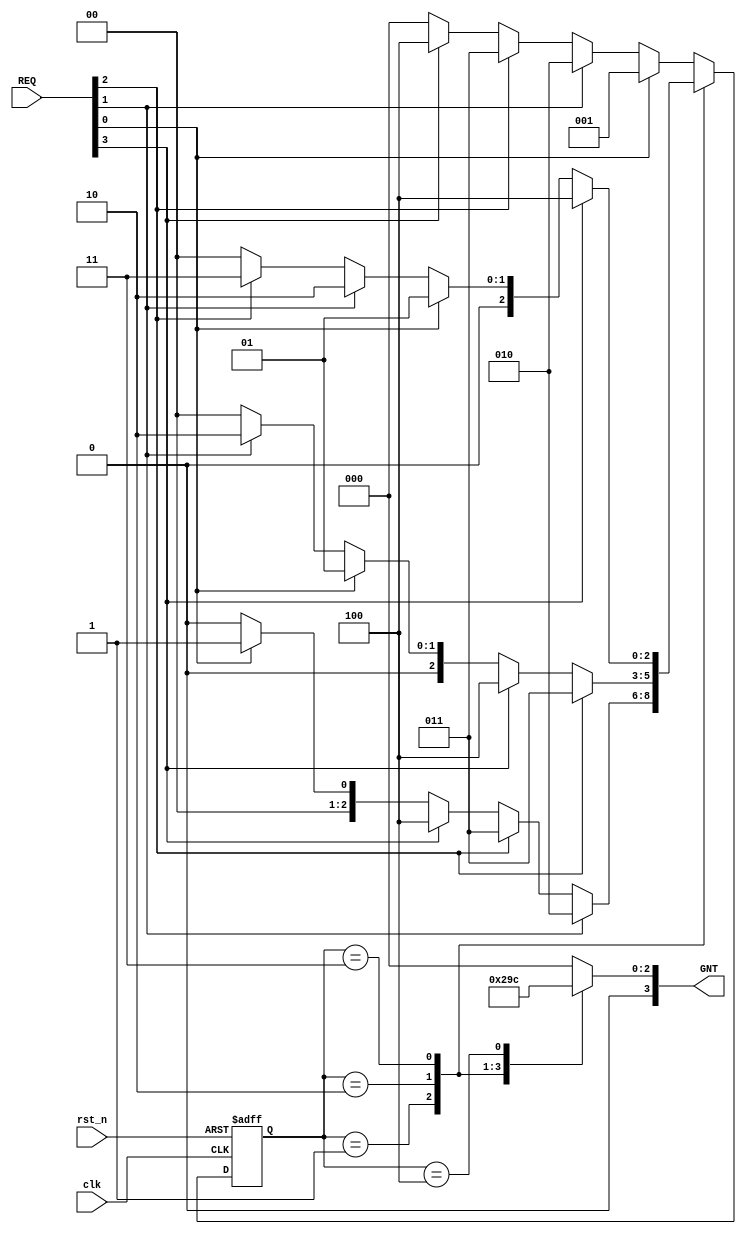
`timescale 1ns / 1ps
//////////////////////////////////////////////////////////////////////////////////
// Company: 
// Engineer: 
// 
// Design Name: 
// Module Name: RRA
// Project Name: 
// Target Devices: 
// Tool Versions: 
// Description: 
// 
// Dependencies: 
// 
// Revision:
// Revision 0.01 - File Created
// Additional Comments:
// 
//////////////////////////////////////////////////////////////////////////////////


module RRA(
input clk,rst_n,
input [3:0] REQ,
output reg [3:0] GNT
    );
    reg[2:0] pr_state;
    reg[2:0] nxt_state;
    
    parameter [2:0] Sideal = 3'b000;
    parameter [2:0]     S0 = 3'b001;
    parameter [2:0]     S1 = 3'b010;
    parameter [2:0]     S2 = 3'b011;
    parameter [2:0]     S3 = 3'b100;
    
    always @(posedge clk or negedge rst_n)
    
    begin
    if(!rst_n)
     pr_state <= Sideal;
     else 
      pr_state <=nxt_state;
     end
      
    always@(*)
    begin   
          case(pr_state) 
            Sideal:
                     begin 
                         if(REQ[0])
                             nxt_state = S0;
                         else if (REQ[1])
                              nxt_state = S1;
                         else if (REQ[2])
                            nxt_state = S2;
                         else if (REQ[3])
                            nxt_state = S3;
                          else 
                             nxt_state =Sideal;
                     end 
               S0: 
                     begin   
                         if (REQ[1])
                            nxt_state = S1;
                         else if (REQ[2])
                            nxt_state = S2;
                         else if (REQ[3])
                              nxt_state = S3;
                         else if(REQ[0])
                             nxt_state =S0;
                         else 
                             nxt_state =Sideal;
                     end 
            
               S1: 
                     begin   
                          if (REQ[2])
                            nxt_state = S2;
                         else if (REQ[3])
                              nxt_state = S3;
                         else if(REQ[0])
                             nxt_state =S0;
                           else if (REQ[1])
                            nxt_state = S1;
                            else 
                             nxt_state =Sideal;
                     end 
               S2: 
                     begin   
                        if (REQ[3])
                              nxt_state = S3;
                         else if(REQ[0])
                             nxt_state =S0;
                           else if (REQ[1])
                            nxt_state = S1;
                            else if (REQ[2])
                            nxt_state = S2;
                            else 
                             nxt_state =Sideal;
                     end 
                 S3: 
                     begin   
                            if(REQ[0])
                             nxt_state =S0;
                           else if (REQ[1])
                            nxt_state = S1;
                            else if (REQ[2])
                            nxt_state = S2;
                            else if (REQ[3])
                              nxt_state = S3;
                            else 
                             nxt_state =Sideal;
                     end 
                    default: 
                     begin 
                         if(REQ[0])
                             nxt_state = S0;
                         else if (REQ[1])
                              nxt_state = S1;
                         else if (REQ[2])
                            nxt_state = S2;
                         else if (REQ[3])
                            nxt_state = S3;
                          else 
                             nxt_state =Sideal;
                    end
       endcase         
         
 end         
          
    always @(*)
     begin
        case (pr_state)
        S0: GNT=4'b0001;
        S1: GNT=4'b0010;
        S2: GNT=4'b0011;
        S3: GNT=4'b0100;
        default: GNT=4'b0000;
        endcase
     end
    

    
endmodule